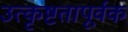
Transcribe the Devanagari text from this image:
उत्कृष्टतापूर्वक